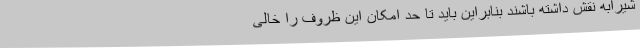
شیرابه نقش داشته باشند بنابراین باید تا حد امکان این ظروف را خالی